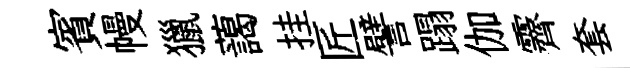
賓幔獵藹挂匠譬蹋伽霽套